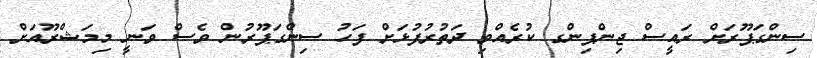
ސިންގަޕޫރަށް ރައީސް ޖިންޕިންގ ކުރެއްވި ދަތުރުފުޅަށް ފަހު ސިންގަޕޫރުން ވެސް ވަނީ މިމަޝްރޫއަށް